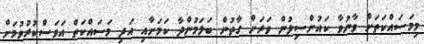
މިމަސައްކަތަށް ވާނުވާ ކައުންސިލުން ވަރަށް ގާތުން ބަލަމުންދާ ކަމަށާއި އަދި މަސައްކަތް އަވަސްކުރުވުމަށް